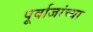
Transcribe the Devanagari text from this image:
पूर्वाजांच्या